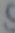
Text: SIG